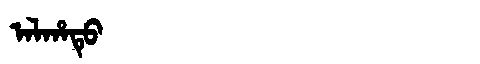
Manchu: ᠠᠯᡥᠠᡨᡠ
Romanization: ALHATU